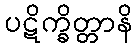
ပဋိက္ခိတ္တာနိ